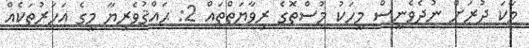
މާކަ ދުރަށް ނުދެވެނީސް މީހަކު މުސްތޮގެ ރިވާޔަތްތައް 2: ޙައްޤުވެރިޔާ މީގެ އަހަރުތަކެއް